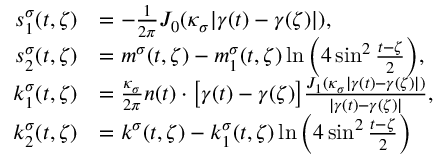
\begin{array} { r l } { s _ { 1 } ^ { \sigma } ( t , \zeta ) } & { = - \frac { 1 } { 2 \pi } J _ { 0 } ( \kappa _ { \sigma } | \gamma ( t ) - \gamma ( \zeta ) | ) , } \\ { s _ { 2 } ^ { \sigma } ( t , \zeta ) } & { = m ^ { \sigma } ( t , \zeta ) - m _ { 1 } ^ { \sigma } ( t , \zeta ) \ln \Big ( 4 \sin ^ { 2 } \frac { t - \zeta } { 2 } \Big ) , } \\ { k _ { 1 } ^ { \sigma } ( t , \zeta ) } & { = \frac { \kappa _ { \sigma } } { 2 \pi } n ( t ) \cdot \big [ \gamma ( t ) - \gamma ( \zeta ) \big ] \frac { J _ { 1 } ( \kappa _ { \sigma } | \gamma ( t ) - \gamma ( \zeta ) | ) } { | \gamma ( t ) - \gamma ( \zeta ) | } , } \\ { k _ { 2 } ^ { \sigma } ( t , \zeta ) } & { = k ^ { \sigma } ( t , \zeta ) - k _ { 1 } ^ { \sigma } ( t , \zeta ) \ln \Big ( 4 \sin ^ { 2 } \frac { t - \zeta } { 2 } \Big ) } \end{array}